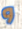
و